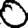
Digit: 0